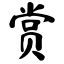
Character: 赏